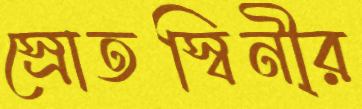
স্রোতস্বিনী্র